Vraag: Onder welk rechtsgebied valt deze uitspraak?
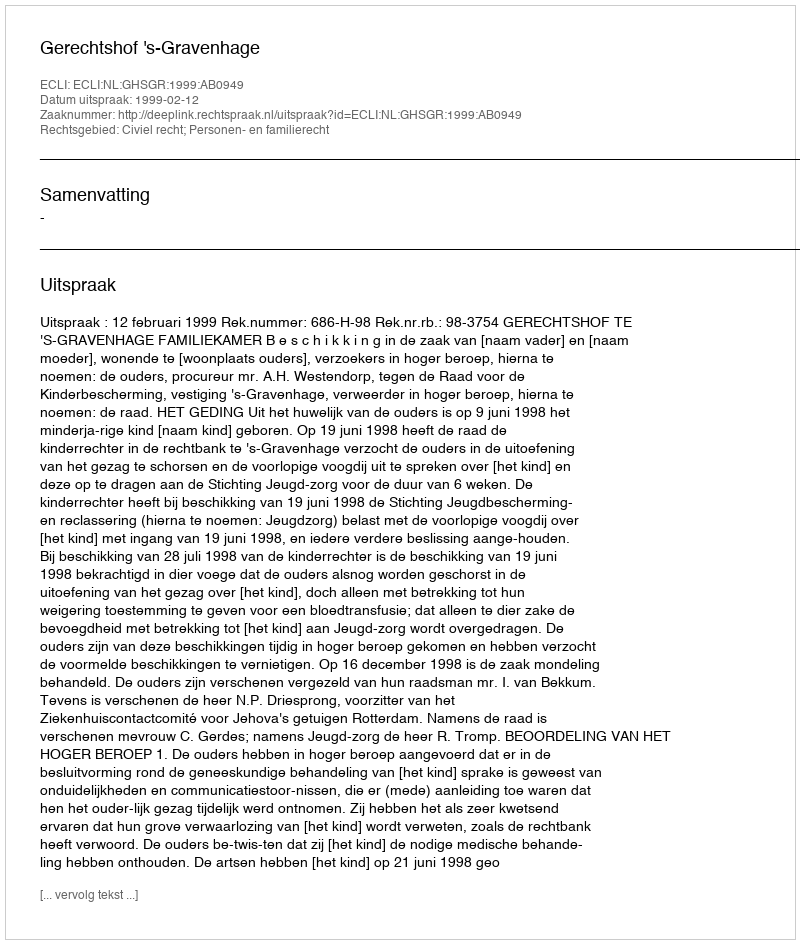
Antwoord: Civiel recht; Personen- en familierecht